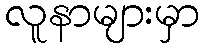
လူနာများမှာ